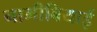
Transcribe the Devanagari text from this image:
नामीबियाई